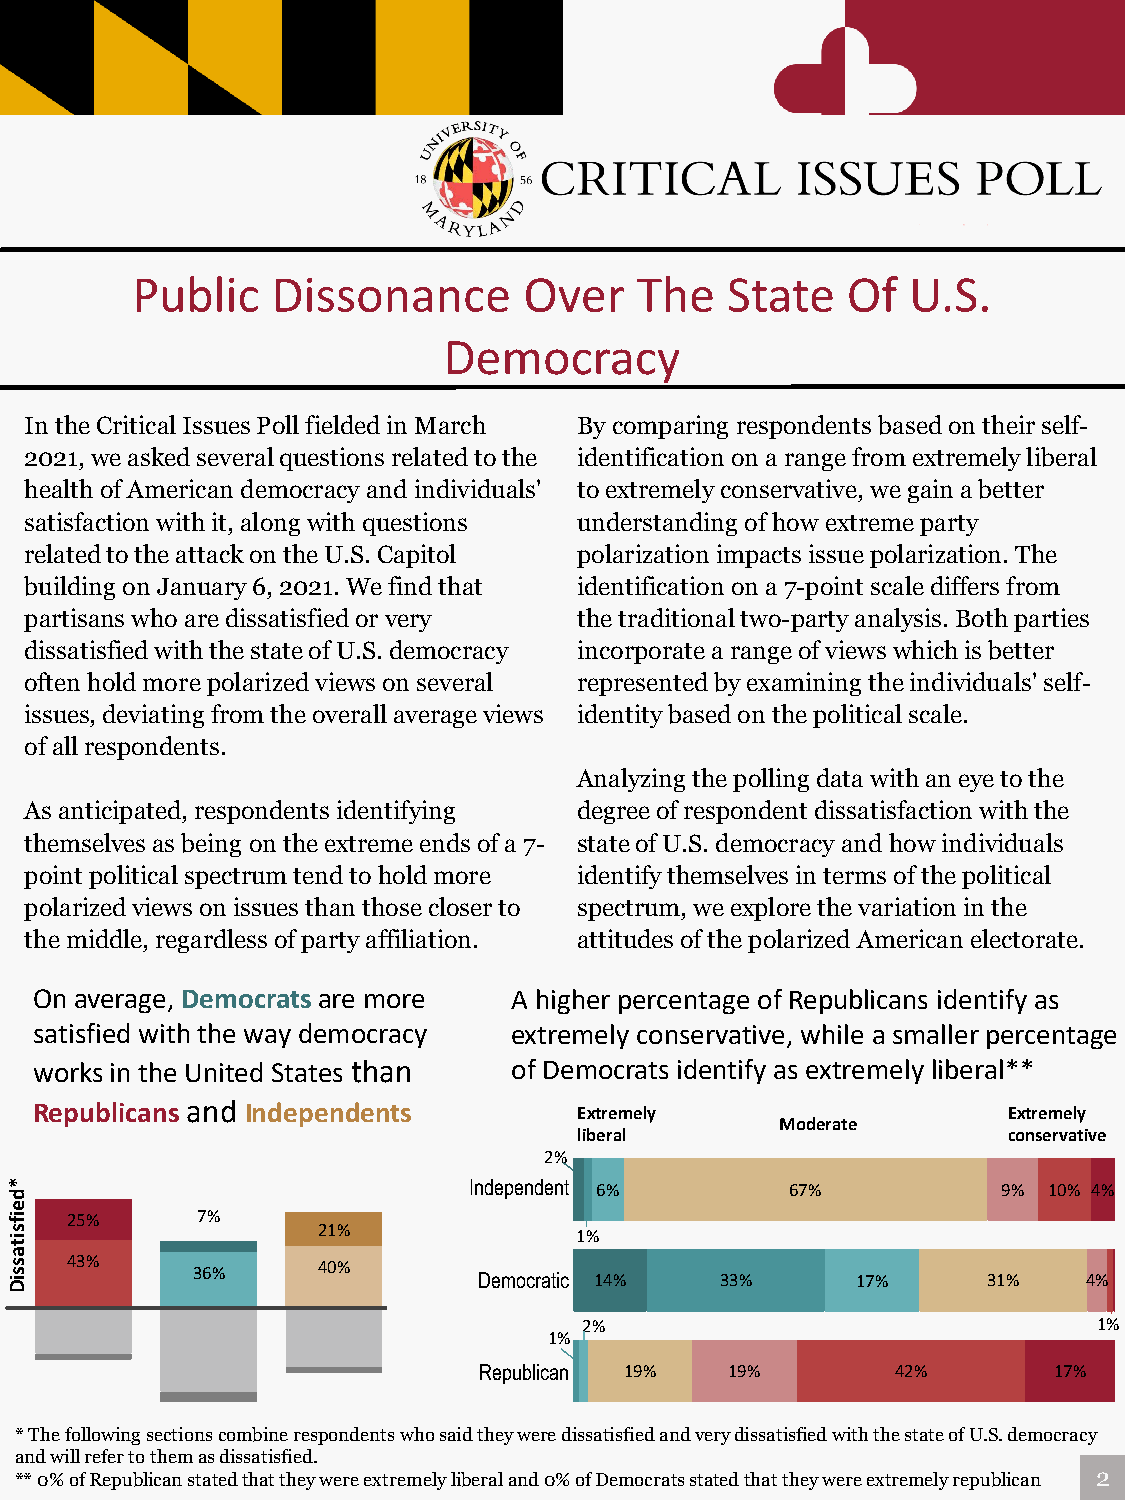
Public   Dissonance       Over   The   State   Of  U.S.
 Democracy
 In the Critical Issues Poll fielded in March By comparing respondents based on their self-
 2021, we asked several questions related to the identification on a range from extremely liberal
 health of American democracy and individuals' to extremely conservative, we gain a better
 satisfaction with it, along with questions understanding of how extreme party
 related to the attack on the U.S. Capitol polarization impacts issue polarization. The
 building on January 6, 2021. We find that identification on a 7-point scale differs from
 partisans who are dissatisfied or very the traditional two-party analysis. Both parties
 dissatisfied with the state of U.S. democracy incorporate a range of views which is better
 often hold more polarized views on several represented by examining the individuals' self-
 issues, deviating from the overall average views identity based on the political scale.
 of all respondents.
 Analyzing the polling data with an eye to the
 As anticipated, respondents identifying degree of respondent dissatisfaction with the
 themselves as being on the extreme ends of a 7- state of U.S. democracy and how individuals
 point political spectrum tend to hold more identify themselves in terms of the political
 polarized views on issues than those closer to spectrum, we explore the variation in the
 the middle, regardless of party affiliation. attitudes of the polarized American electorate.
 On average, Democratsare more   A higher percentage of Republicans identify as
 satisfied with the way democracy extremely conservative, while a smaller percentage
 works in the United States than of Democrats identify as extremely liberal**
 R11 epubli22
 cans
 a33nd
 Ind4epend5ents        Extremely                    Extremely
 4     5    6 6  7 7 liberal       Moderate       conservative
 2%
 INDIEnPdEepNeDnEdNeTnt 6% 67%       9% 10% 4%
 25%      7%
 21%              1%
 43%
 36%     40%  DEMOCRATDICem PAocRrTaYtic 14% 33% 17% 31%    4%
 2%                                1%
 1%
 REPUBLICRANe pPuAbRliTcYan 19% 19% 42%     17%
 * The following sections combine respondents who said they were dissatisfied and very dissatisfied with the state of U.S. democracy
 and will refer to them as dissatisfied.
 ** 0% of Republican stated that they were extremely liberal and 0% of Democrats stated that they were extremely republican 2
 *deifsitassiD